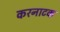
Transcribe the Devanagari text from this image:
करनाटक